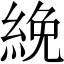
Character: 絻